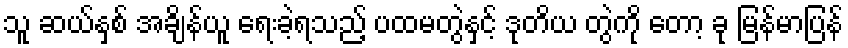
သူ ဆယ်နှစ် အချိန်ယူ ရေးခဲ့ရသည့် ပထမတွဲနှင့် ဒုတိယ တွဲကို တော့ ခု မြန်မာပြန်